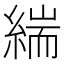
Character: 𮈪